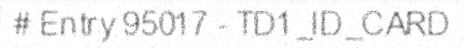
# Entry 95017 - TD1_ID_CARD